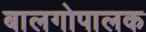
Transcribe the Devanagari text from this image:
बालगोपालक